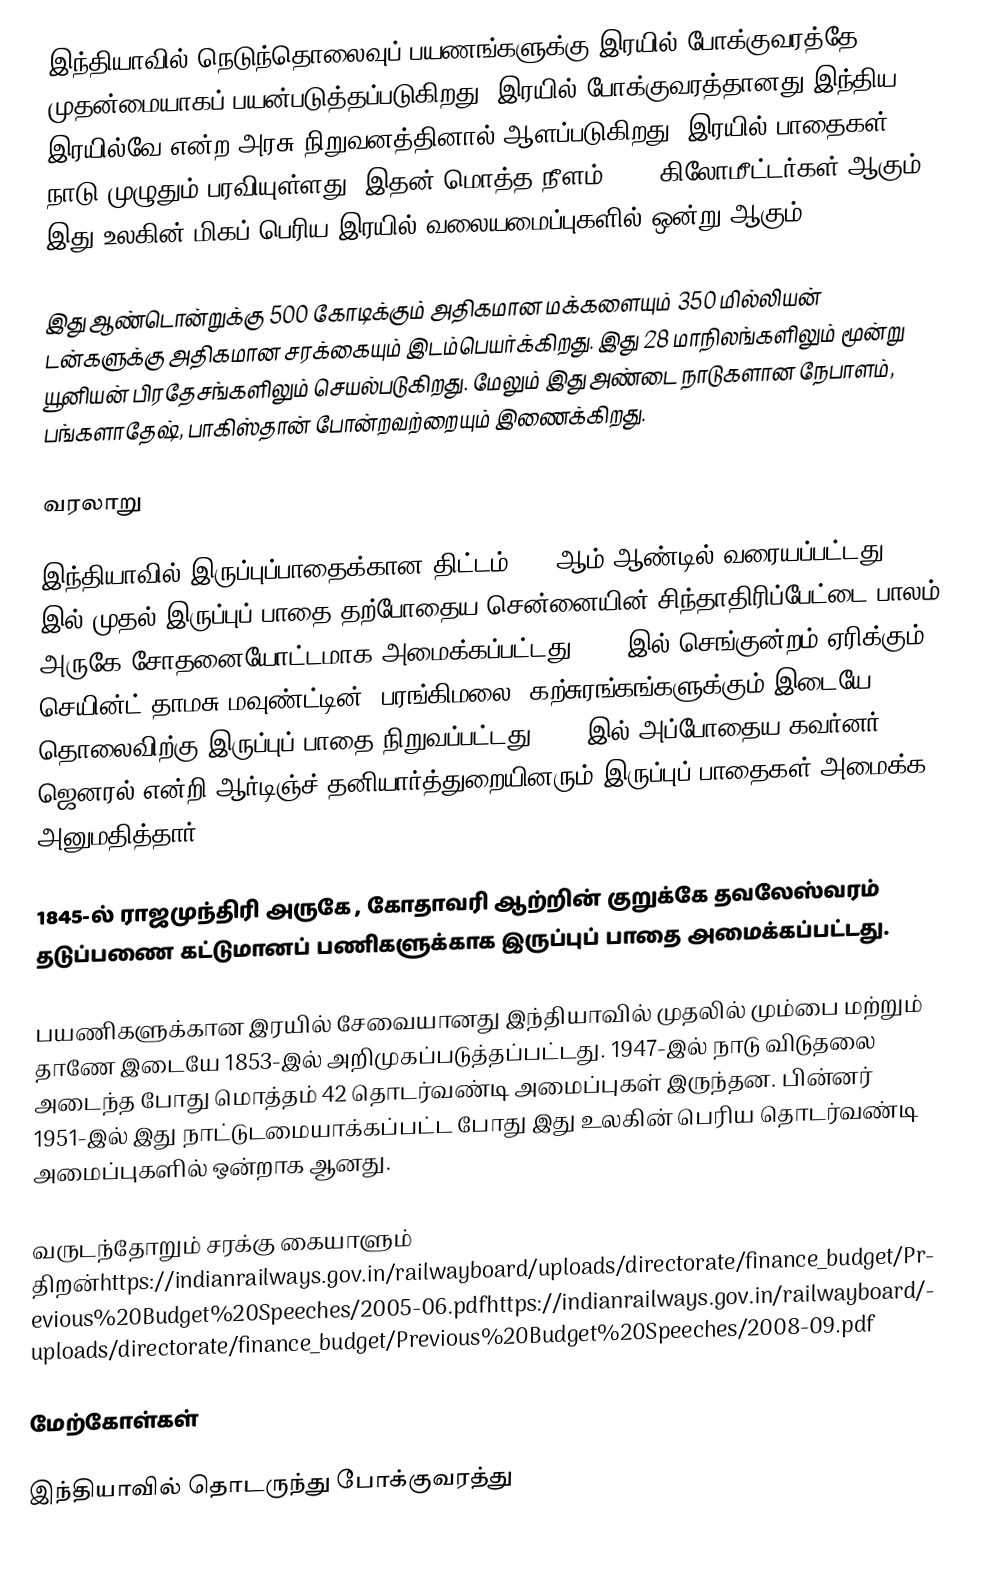
இந்தியாவில் நெடுந்தொலைவுப் பயணங்களுக்கு இரயில் போக்குவரத்தே முதன்மையாகப் பயன்படுத்தப்படுகிறது. இரயில் போக்குவரத்தானது இந்திய இரயில்வே என்ற அரசு நிறுவனத்தினால் ஆளப்படுகிறது. இரயில் பாதைகள் நாடு முழுதும் பரவியுள்ளது. இதன் மொத்த நீளம் 6693 கிலோமீட்டர்கள் ஆகும். இது உலகின் மிகப் பெரிய இரயில் வலையமைப்புகளில் ஒன்று ஆகும்.

இது ஆண்டொன்றுக்கு 500 கோடிக்கும் அதிகமான மக்களையும் 350 மில்லியன் டன்களுக்கு அதிகமான சரக்கையும் இடம்பெயர்க்கிறது. இது 28 மாநிலங்களிலும் மூன்று யூனியன் பிரதேசங்களிலும் செயல்படுகிறது. மேலும் இது அண்டை நாடுகளான நேபாளம், பங்களாதேஷ், பாகிஸ்தான் போன்றவற்றையும் இணைக்கிறது.

வரலாறு

இந்தியாவில் இருப்புப்பாதைக்கான திட்டம் 1832ஆம் ஆண்டில் வரையப்பட்டது. 1836 இல் முதல் இருப்புப் பாதை தற்போதைய சென்னையின் சிந்தாதிரிப்பேட்டை பாலம் அருகே  சோதனையோட்டமாக அமைக்கப்பட்டது. 1837இல் செங்குன்றம் ஏரிக்கும் செயின்ட்.தாமசு மவுண்ட்டின் (பரங்கிமலை) கற்சுரங்கங்களுக்கும் இடையே  தொலைவிற்கு  இருப்புப் பாதை நிறுவப்பட்டது.  1844இல் அப்போதைய கவர்னர் ஜெனரல் என்றி ஆர்டிஞ்ச் தனியார்த்துறையினரும் இருப்புப் பாதைகள் அமைக்க அனுமதித்தார்.

1845-ல் ராஜமுந்திரி அருகே , கோதாவரி ஆற்றின் குறுக்கே  தவலேஸ்வரம் தடுப்பணை கட்டுமானப் பணிகளுக்காக இருப்புப் பாதை அமைக்கப்பட்டது.

பயணிகளுக்கான இரயில் சேவையானது இந்தியாவில் முதலில்   மும்பை மற்றும் தாணே  இடையே 1853-இல் அறிமுகப்படுத்தப்பட்டது. 1947-இல் நாடு விடுதலை அடைந்த போது மொத்தம் 42 தொடர்வண்டி அமைப்புகள் இருந்தன. பின்னர் 1951-இல் இது நாட்டுடமையாக்கப்பட்ட போது இது உலகின் பெரிய தொடர்வண்டி அமைப்புகளில் ஒன்றாக ஆனது.

வருடந்தோறும் சரக்கு கையாளும் திறன்https://indianrailways.gov.in/railwayboard/uploads/directorate/finance_budget/Previous%20Budget%20Speeches/2005-06.pdfhttps://indianrailways.gov.in/railwayboard/uploads/directorate/finance_budget/Previous%20Budget%20Speeches/2008-09.pdf

மேற்கோள்கள்

இந்தியாவில் தொடருந்து போக்குவரத்து